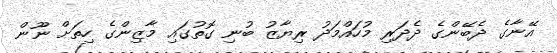
އޭނާގެ ދެބޭންގެ ދެދަރި މުހައްމަދު ރިޔާޒު ބުނި ގޮތުގައި މާޒިންގެ ހިތަށް ނޫން